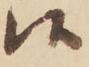
候